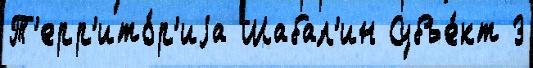
Т'ерр'ито́р'иjа Шабал'ин Субъе́кт 3